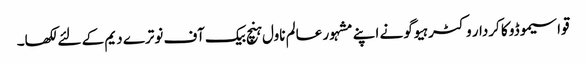
قواسیموڈو کا کردار وکٹر ہیوگو نے اپنے مشہور عالم ناول ہنچ بیک آف نوترے دیم کے لئے لکھا۔